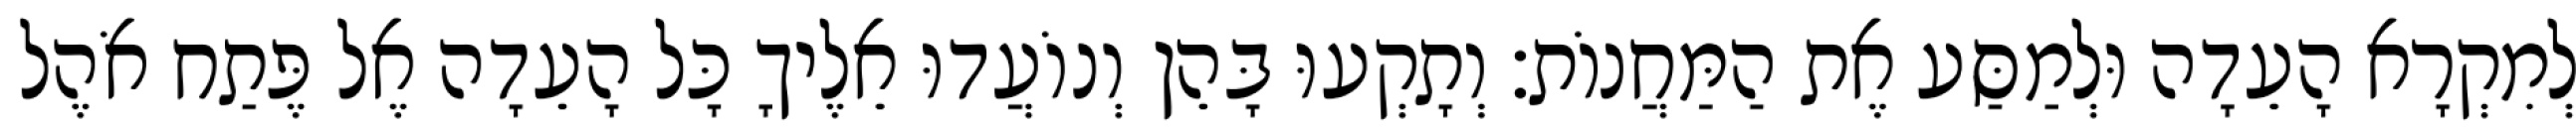
לְמִקְרָא הָעֵדָה וּלְמַסַּע אֶת הַמַּחֲנוֹת׃ וְתָקְעוּ בָּהֵן וְנוֹעֲדוּ אֵלֶיךָ כָּל הָעֵדָה אֶל פֶּתַח אֹהֶל